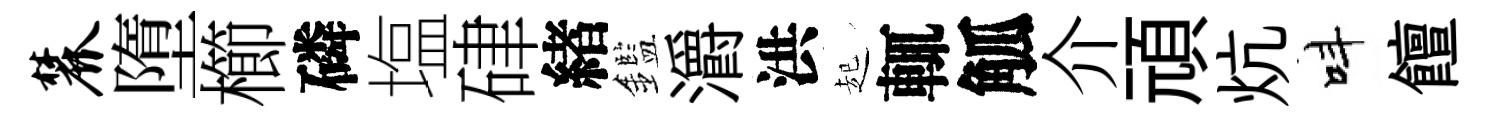
麓墮櫛磷塩硉緖鑑灂洪起輒觚介頑炕呌饘